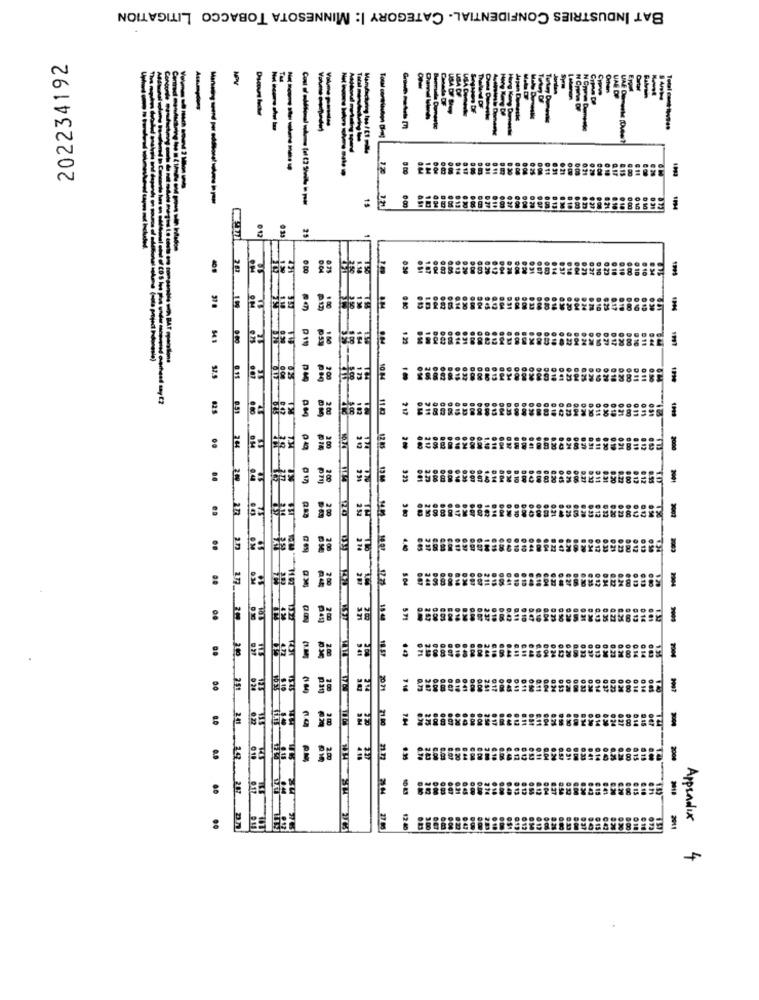
BAT INDUSTRIES CONFIDENTIAL- CATEGORY |: MINNESOTA TOBACCO LITIGATION
202234192
----
------
1%
0 00
:
112
0.30
0.60
10 M
825
2 00
114
PM
:
OM
38
12 85
9000
323
2
asa
:
4.0
:
427
5.04
5.71
1
00
90 71
21.00
nn
..
Appendix
..
27 85